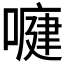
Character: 𭊺